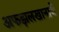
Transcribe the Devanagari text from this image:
अफझलखानाचे